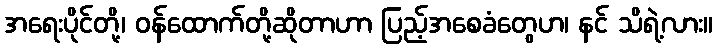
အရေးပိုင်တို့၊ ဝန်ထောက်တို့ဆိုတာဟာ ပြည့်အစေခံတွေဟ၊ နင် သိရဲ့လား။